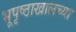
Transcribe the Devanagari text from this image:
भूपृष्ठाखालच्या